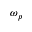
\omega _ { p }